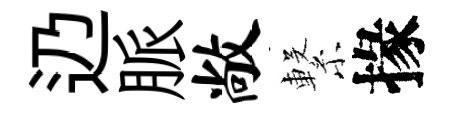
辸脈敞繋掾